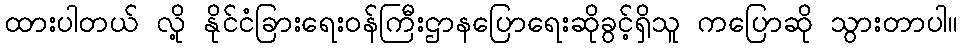
ထားပါတယ် လို့ နိုင်ငံခြားရေးဝန်ကြီးဌာနပြောရေးဆိုခွင့်ရှိသူ ကပြောဆို သွားတာပါ။